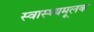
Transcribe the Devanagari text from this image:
स्वास्थ्यमूलक